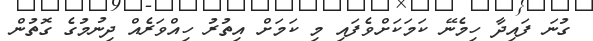
ގުނަ ފައިދާ ހިމެނޭ ކަމަކަށްވެފައި މި ކަމަށް އިތުރު ހިއްވަރެއް ދިނުމުގެ ގޮތުން